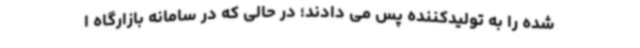
شده را به تولیدکننده پس می دادند؛ در حالی که در سامانه بازارگاه ا